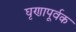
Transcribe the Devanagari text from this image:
घृणापूर्वक